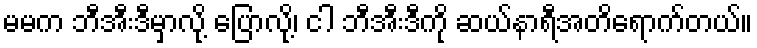
မမက ဘီအီးဒီမှာလို့ ပြောလို့၊ ငါ ဘီအီးဒီကို ဆယ်နာရီအတိရောက်တယ်။